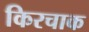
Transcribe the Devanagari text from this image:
किरचाक